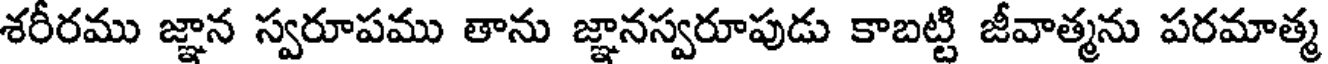
శరీరము జ్ఞాన స్వరూపము తాను జ్ఞానస్వరూపుడు కాబట్టి జీవాత్మను పరమాత్మ